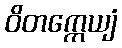
ဝိတက္ကေယျံ